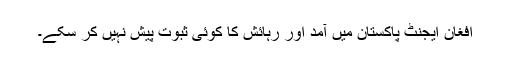
افغان ایجنٹ پاکستان میں آمد اور رہائش کا کوئی ثبوت پیش نہیں کر سکے۔